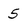
Character: 5